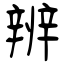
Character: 辨